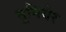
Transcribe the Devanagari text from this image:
मूनियेर